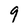
Character: 9